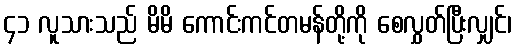
၄၁ လူသားသည် မိမိ ကောင်းကင်တမန်တို့ကို စေလွှတ်ပြီးလျှင်၊